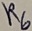
Text: R6